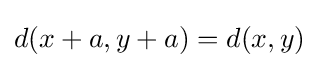
d(x+a,y+a)=d(x,y)